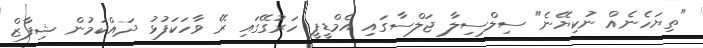
"ތިޔަހެނެއް ނުކިޔޭނެ" ސިލްސިލާ ޖަލްސާގައި އެމްޑީޕީ ހަރުގޭގައި ރޭ ވާހަކަފުޅު ދައްކަމުން ޝިފާޒް